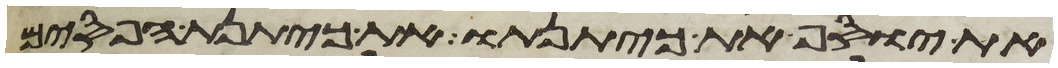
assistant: את יוסף את כיתנתו את כיתנת הפסים